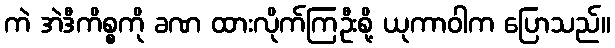
ကဲ အဲဒီကိစ္စကို ခဏ ထားလိုက်ကြဦးစို့ ယုကာဝါက ပြောသည်။